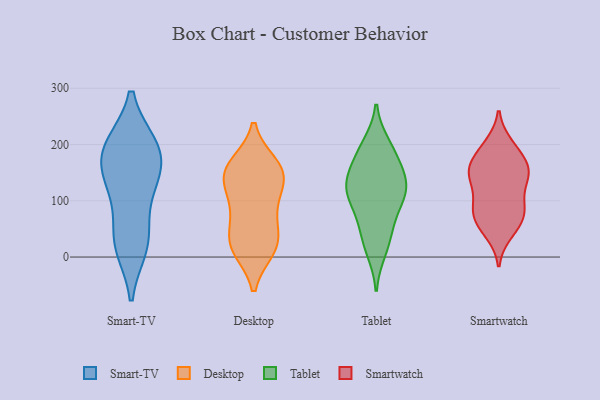
{"axis": {"x": "Humidity (%)", "y": "Value"}, "legend": ["Desktop", "Smart-TV", "Smartwatch", "Tablet"], "data": [{"x": "", "y": 196, "type": "Smart-TV"}, {"x": "", "y": 32, "type": "Smart-TV"}, {"x": "", "y": 197, "type": "Smart-TV"}, {"x": "", "y": 197, "type": "Smart-TV"}, {"x": "", "y": 129, "type": "Smart-TV"}, {"x": "", "y": 150, "type": "Smart-TV"}, {"x": "", "y": 121, "type": "Smart-TV"}, {"x": "", "y": 20, "type": "Smart-TV"}, {"x": "", "y": 179, "type": "Smart-TV"}, {"x": "", "y": 31, "type": "Smart-TV"}, {"x": "", "y": 14, "type": "Desktop"}, {"x": "", "y": 47, "type": "Desktop"}, {"x": "", "y": 142, "type": "Desktop"}, {"x": "", "y": 161, "type": "Desktop"}, {"x": "", "y": 138, "type": "Desktop"}, {"x": "", "y": 112, "type": "Desktop"}, {"x": "", "y": 164, "type": "Desktop"}, {"x": "", "y": 81, "type": "Desktop"}, {"x": "", "y": 17, "type": "Desktop"}, {"x": "", "y": 81, "type": "Desktop"}, {"x": "", "y": 143, "type": "Desktop"}, {"x": "", "y": 23, "type": "Desktop"}, {"x": "", "y": 158, "type": "Desktop"}, {"x": "", "y": 19, "type": "Desktop"}, {"x": "", "y": 72, "type": "Tablet"}, {"x": "", "y": 116, "type": "Tablet"}, {"x": "", "y": 129, "type": "Tablet"}, {"x": "", "y": 54, "type": "Tablet"}, {"x": "", "y": 105, "type": "Tablet"}, {"x": "", "y": 199, "type": "Tablet"}, {"x": "", "y": 188, "type": "Tablet"}, {"x": "", "y": 127, "type": "Tablet"}, {"x": "", "y": 153, "type": "Tablet"}, {"x": "", "y": 137, "type": "Tablet"}, {"x": "", "y": 181, "type": "Tablet"}, {"x": "", "y": 109, "type": "Tablet"}, {"x": "", "y": 28, "type": "Tablet"}, {"x": "", "y": 12, "type": "Tablet"}, {"x": "", "y": 142, "type": "Smartwatch"}, {"x": "", "y": 43, "type": "Smartwatch"}, {"x": "", "y": 161, "type": "Smartwatch"}, {"x": "", "y": 93, "type": "Smartwatch"}, {"x": "", "y": 149, "type": "Smartwatch"}, {"x": "", "y": 96, "type": "Smartwatch"}, {"x": "", "y": 200, "type": "Smartwatch"}, {"x": "", "y": 157, "type": "Smartwatch"}, {"x": "", "y": 155, "type": "Smartwatch"}, {"x": "", "y": 133, "type": "Smartwatch"}, {"x": "", "y": 70, "type": "Smartwatch"}, {"x": "", "y": 93, "type": "Smartwatch"}, {"x": "", "y": 51, "type": "Smartwatch"}, {"x": "", "y": 76, "type": "Smartwatch"}, {"x": "", "y": 195, "type": "Smartwatch"}, {"x": "", "y": 146, "type": "Smartwatch"}, {"x": "", "y": 67, "type": "Smartwatch"}, {"x": "", "y": 184, "type": "Smartwatch"}]}